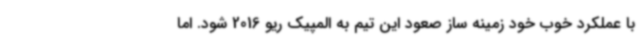
با عملکرد خوب خود زمینه ساز صعود این تیم به المپیک ریو 2016 شود. اما